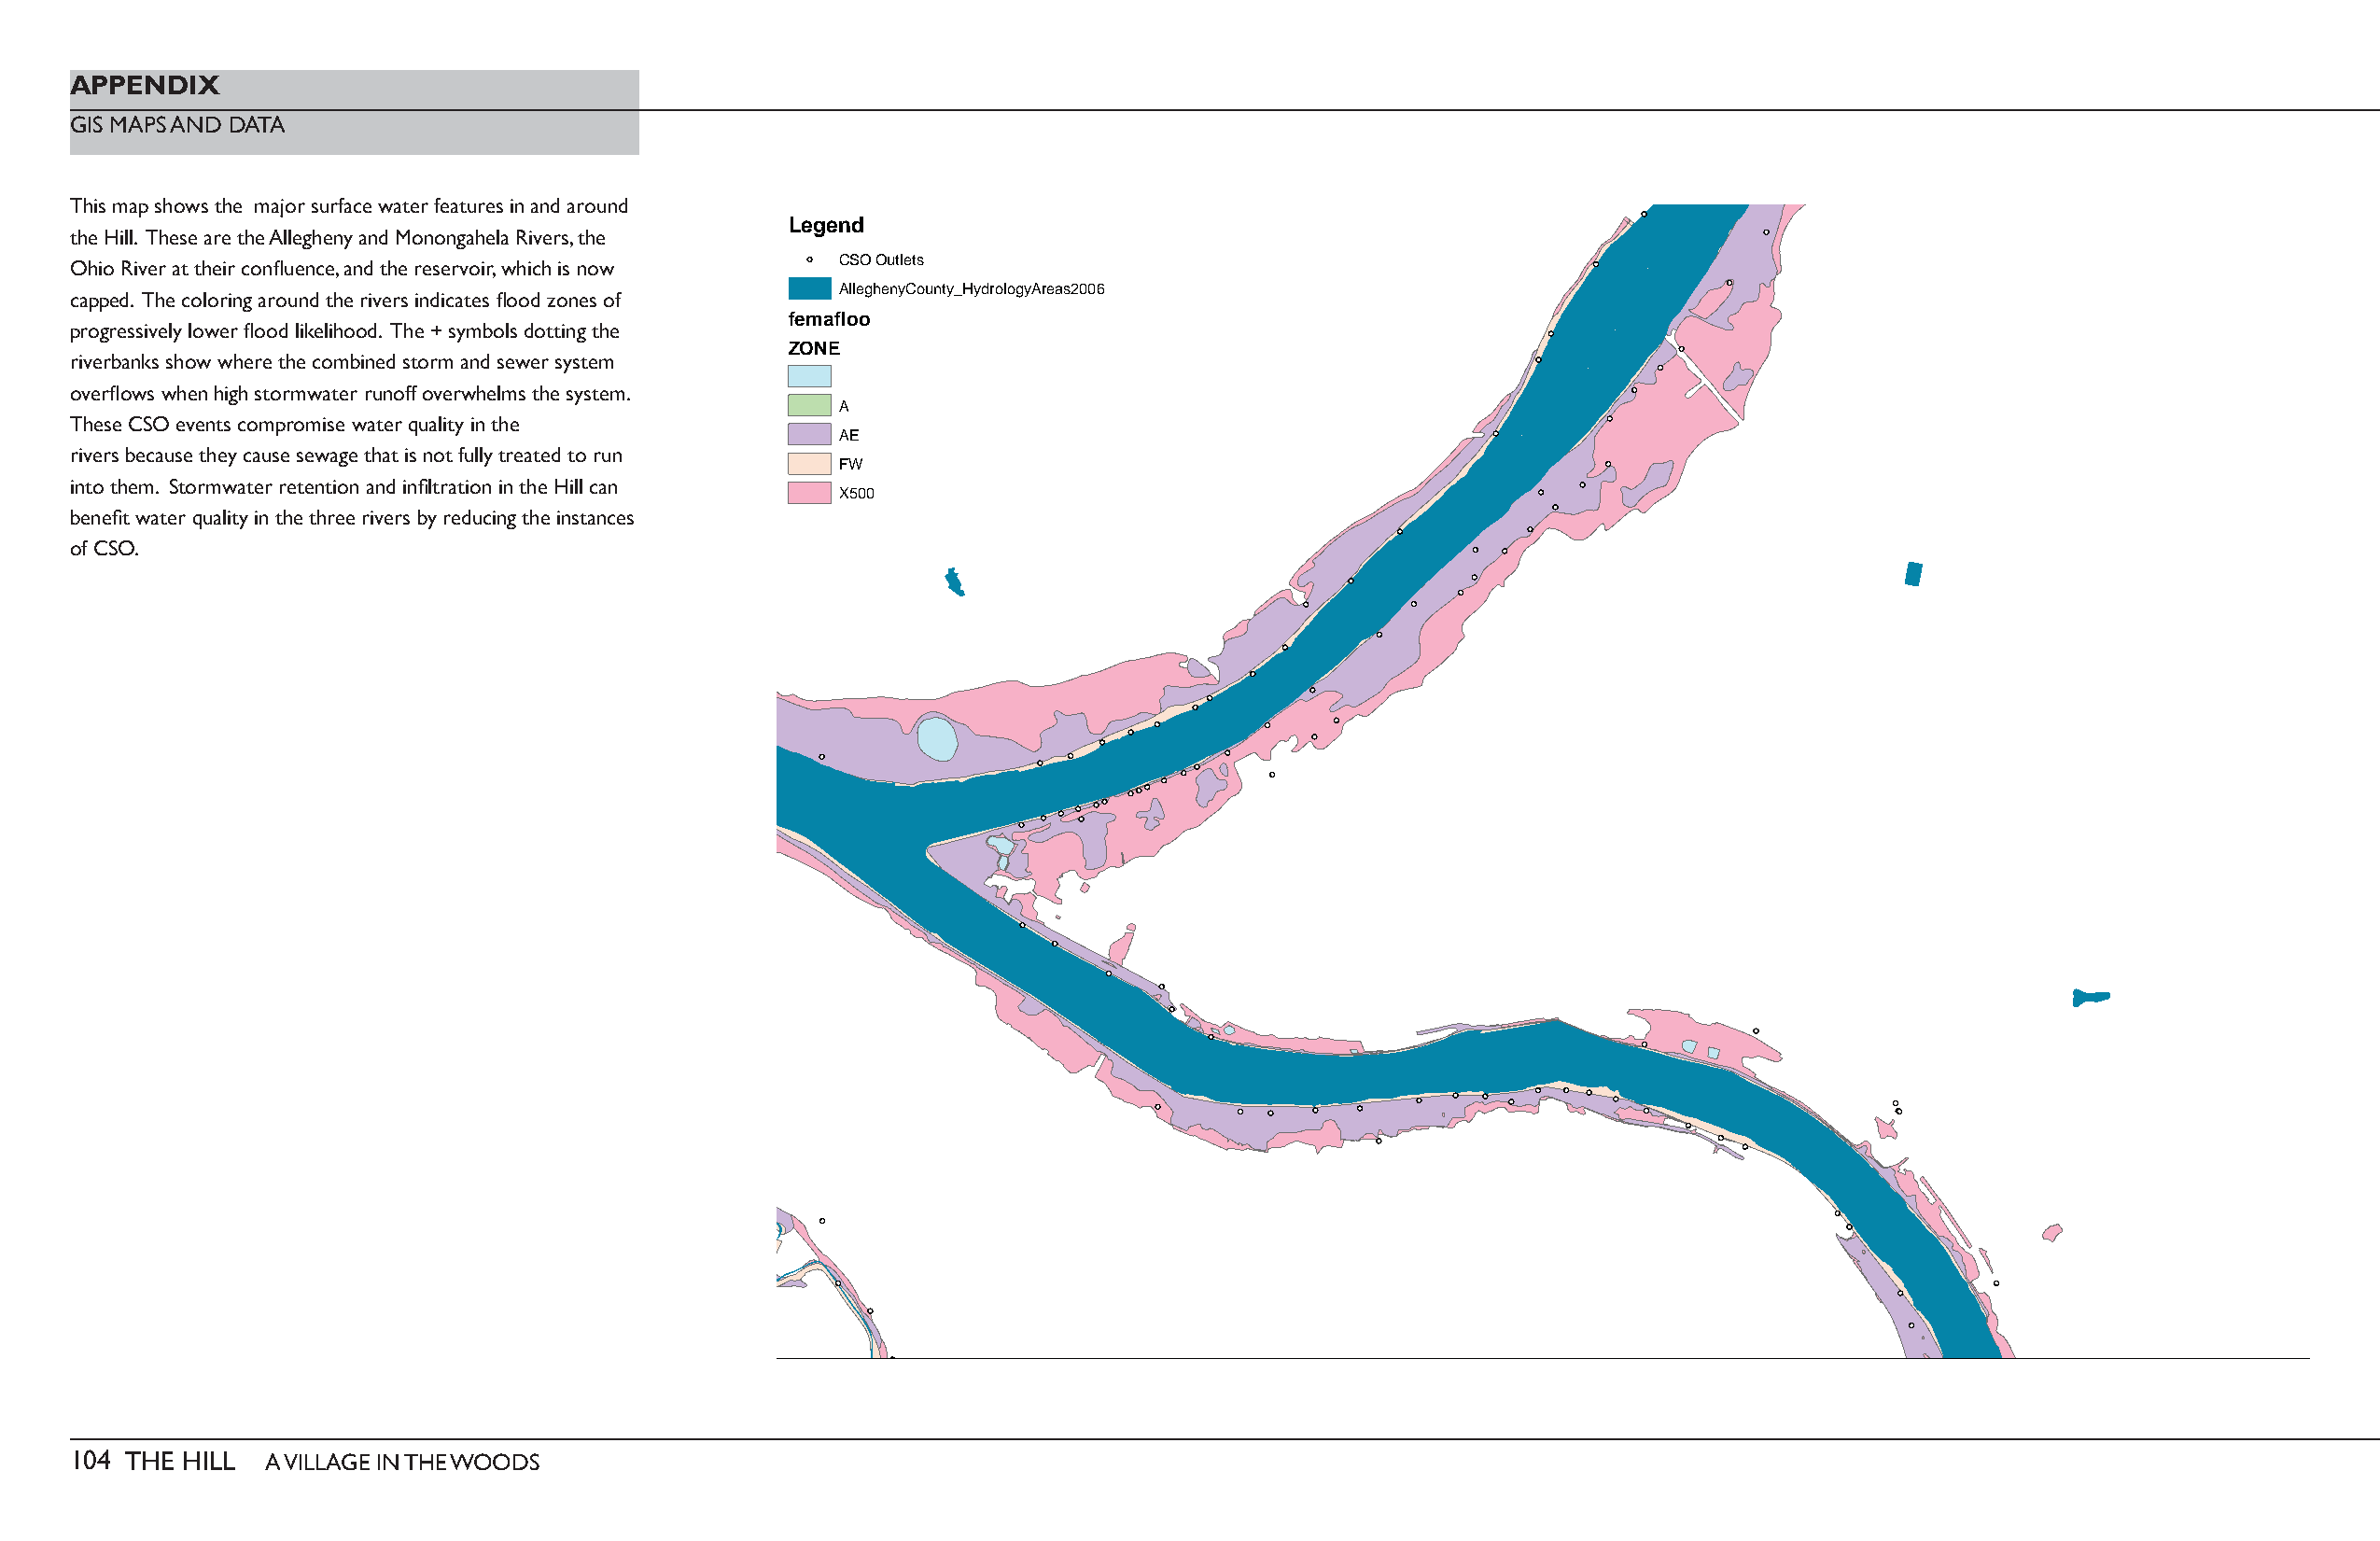
APPENDIX
 GIS MAPS AND DATA
 This map shows the major surface water features in and around
 Legend
 the Hill. These are the Allegheny and Monongahela Rivers, the
 Ohio River at their confl uence, and the reservoir, which is now CSOOutlets
 AlleghenyCounty_HydrologyAreas2006
 capped. The coloring around the rivers indicates fl ood zones of
 femafloo
 progressively lower fl ood likelihood. The + symbols dotting the
 ZONE
 riverbanks show where the combined storm and sewer system
 overfl ows when high stormwater runoff overwhelms the system.
 A
 These CSO events compromise water quality in the
 AE
 rivers because they cause sewage that is not fully treated to run
 FW
 into them. Stormwater retention and infi ltration in the Hill can
 X500
 benefi t water quality in the three rivers by reducing the instances
 of CSO.
 104 THE HILL  A VILLAGE IN THE WOODS